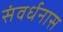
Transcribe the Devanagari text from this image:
संवर्धनास